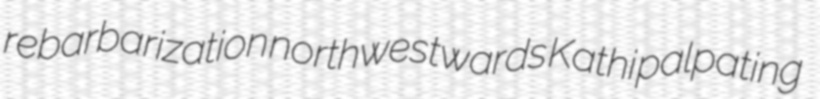
rebarbarization northwestwards Kathi palpating